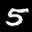
Label: 5